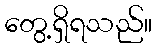
တွေ့ရှိရသည်။